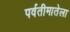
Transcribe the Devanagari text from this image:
पर्वतीमातेला